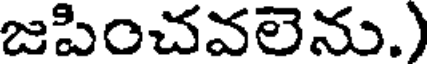
జపించవలెను.)